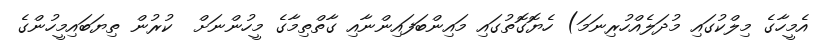
އެމީހާގެ މިލްކުގައި މުދަލެއްހުރިނަމަ) ހެޔޮގޮތުގައި މައިންބަފައިންނާއި ގާތްތިމާގެ މީހުންނަށް  ކުރުން ތިޔަބައިމީހުންގެ